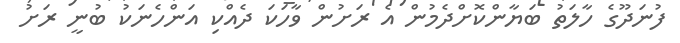
ފުނަދޫގެ ހާލަތު ބަޔާންކޮށްދެމުން އެ ރަށުން ވާހަކަ ދެއްކި އަންހެނަކު ބުނީ ރަށު